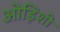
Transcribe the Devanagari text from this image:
ओड़िशी